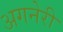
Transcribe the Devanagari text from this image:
अगनेरी